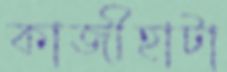
কাজীহাটা